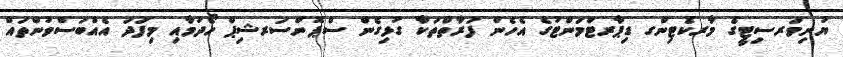
ޔުނިވަރސިޓީގެ މާރކެޓިންގ ޑިޕާރޓްމަންޓުގެ އެހެން ފަރާތްތަކާ ގުޅިގެން ސްޕޮންސަރޝިޕް ހޯދުމާއި މިފަދަ އެއްބަސްވުންތައް